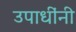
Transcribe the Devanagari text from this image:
उपाधींनी